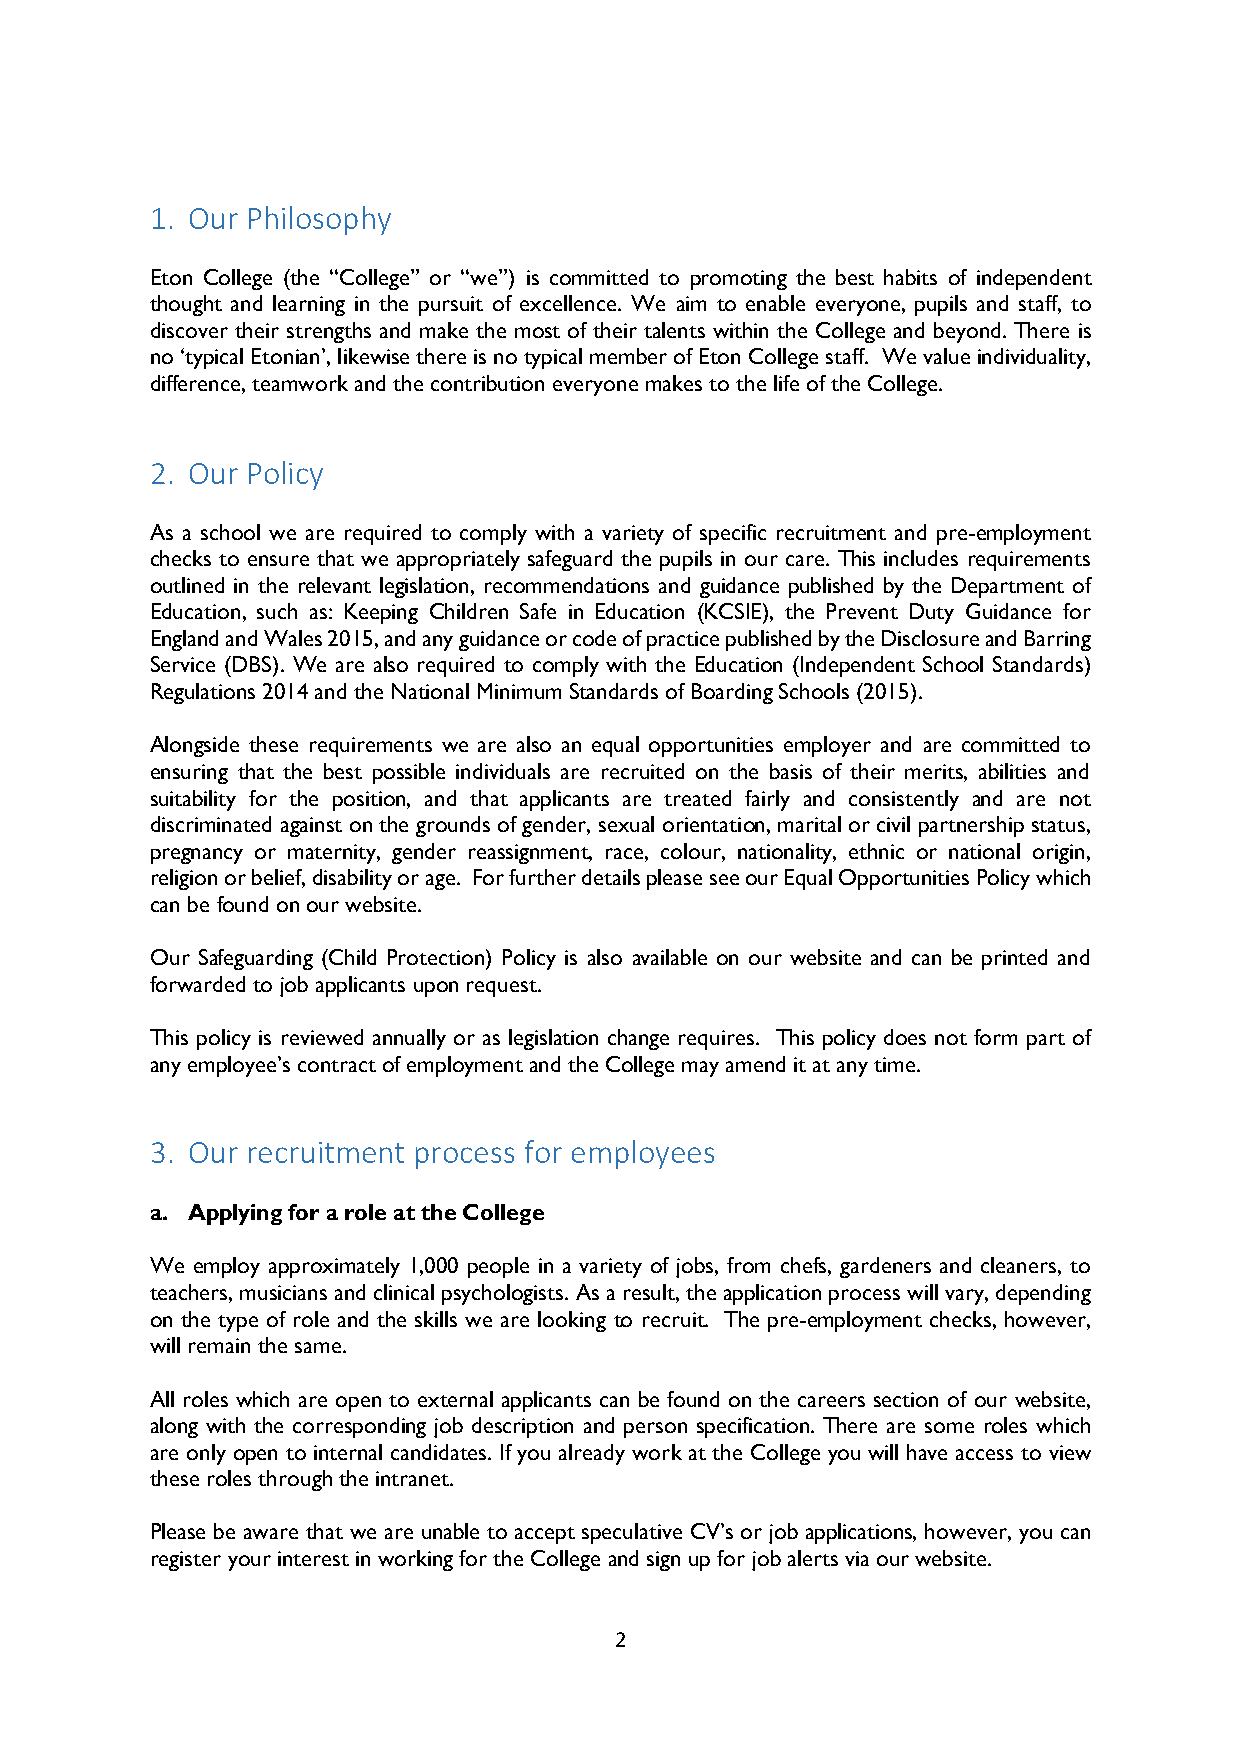
1. Our Philosophy
 Eton College (the “College” or “we”) is committed to promoting the best habits of independent
 thought and learning in the pursuit of excellence. We aim to enable everyone, pupils and staff, to
 discover their strengths and make the most of their talents within the College and beyond. There is
 no ‘typical Etonian’, likewise there is no typical member of Eton College staff. We value individuality,
 difference, teamwork and the contribution everyone makes to the life of the College.
 2. Our Policy
 As a school we are required to comply with a variety of specific recruitment and pre-employment
 checks to ensure that we appropriately safeguard the pupils in our care. This includes requirements
 outlined in the relevant legislation, recommendations and guidance published by the Department of
 Education, such as: Keeping Children Safe in Education (KCSIE), the Prevent Duty Guidance for
 England and Wales 2015, and any guidance or code of practice published by the Disclosure and Barring
 Service (DBS). We are also required to comply with the Education (Independent School Standards)
 Regulations 2014 and the National Minimum Standards of Boarding Schools (2015).
 Alongside these requirements we are also an equal opportunities employer and are committed to
 ensuring that the best possible individuals are recruited on the basis of their merits, abilities and
 suitability for the position, and that applicants are treated fairly and consistently and are not
 discriminated against on the grounds of gender, sexual orientation, marital or civil partnership status,
 pregnancy or maternity, gender reassignment, race, colour, nationality, ethnic or national origin,
 religion or belief, disability or age. For further details please see our Equal Opportunities Policy which
 can be found on our website.
 Our Safeguarding (Child Protection) Policy is also available on our website and can be printed and
 forwarded to job applicants upon request.
 This policy is reviewed annually or as legislation change requires. This policy does not form part of
 any employee’s contract of employment and the College may amend it at any time.
 3. Our recruitment process for employees
 a. Applying for a role at the College
 We employ approximately 1,000 people in a variety of jobs, from chefs, gardeners and cleaners, to
 teachers, musicians and clinical psychologists. As a result, the application process will vary, depending
 on the type of role and the skills we are looking to recruit. The pre-employment checks, however,
 will remain the same.
 All roles which are open to external applicants can be found on the careers section of our website,
 along with the corresponding job description and person specification. There are some roles which
 are only open to internal candidates. If you already work at the College you will have access to view
 these roles through the intranet.
 Please be aware that we are unable to accept speculative CV’s or job applications, however, you can
 register your interest in working for the College and sign up for job alerts via our website.
 2